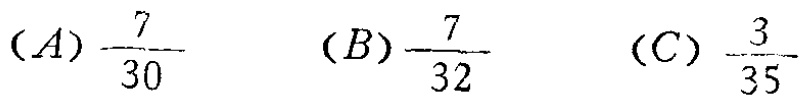
$(A)\frac{7}{30}\quad (B)\frac{7}{32}\quad (C)\frac{3}{35}$